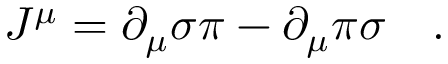
J ^ { \mu } = \partial _ { \mu } \sigma \pi - \partial _ { \mu } \pi \sigma \quad .